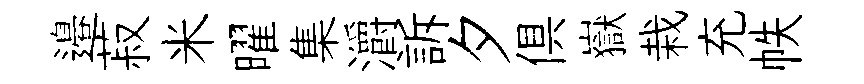
邉菽米曜集灂訴夕俱嶽栽充帙